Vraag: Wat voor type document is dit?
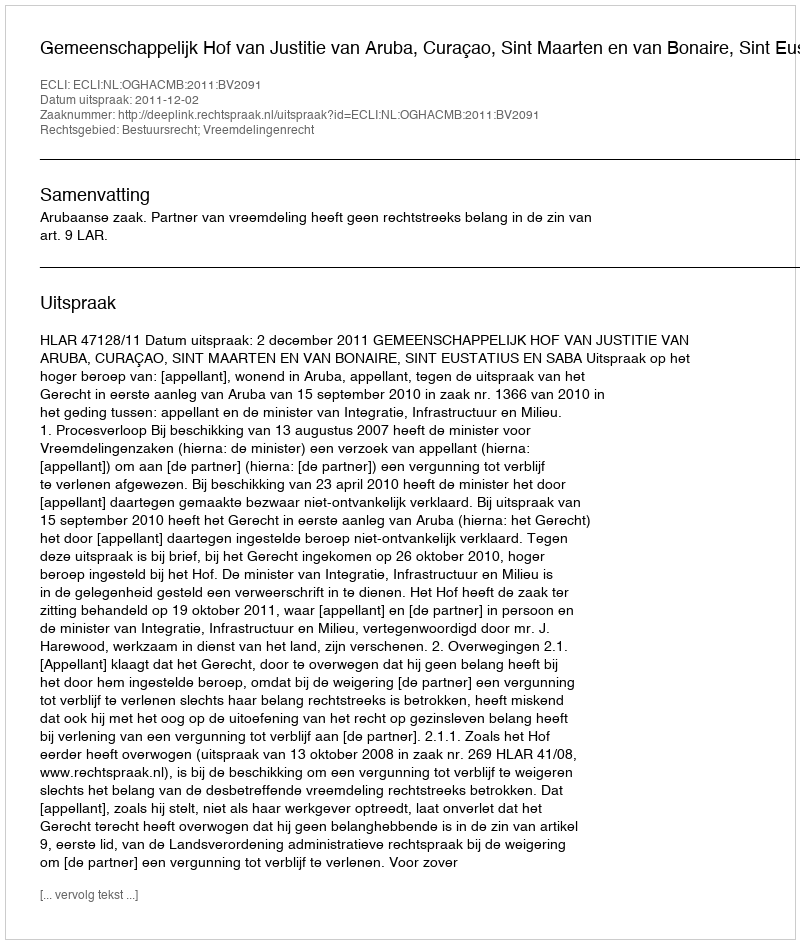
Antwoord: Uitspraak